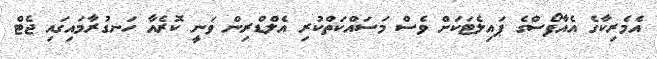
އެމެރިކާގެ އެއާފޯސްގެ ޕައިލެޓަކަށް ވެސް މަސައްކަތްކުރި އެލްޑްރިން ވަނީ ކޮރެއާ ހަނގުރާމައިގައި ޖެޓް